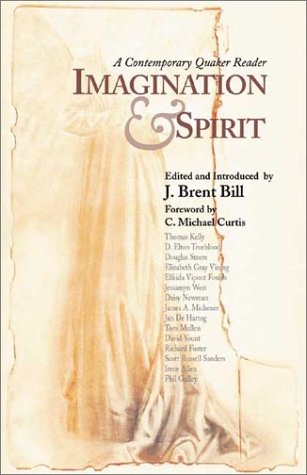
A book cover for Imagination & Spirit: A Contemporary Quaker Reader; Christian Books & Bibles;